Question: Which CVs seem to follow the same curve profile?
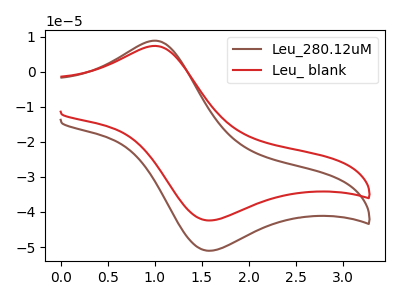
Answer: <think>The brown curve "Leu_280.12uM" has an anodic peak at (1.00V, 8.85uA) and a cathodic peak at (1.60V, -51.00uA). The red curve "Leu_ blank" has an anodic peak at (1.00V, 7.35uA) and a cathodic peak at (1.60V, -42.40uA).
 All the peaks in "Leu_280.12uM" have a peak in "Leu_ blank" at the same potential. Every peak in "Leu_280.12uM" is higher than every peak in "Leu_ blank".</think>
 <answer>"Leu_ blank" and "Leu_280.12uM" have the same shape and are likely CV's of the same chemical.</answer>
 <eval>"Leu_ blank" "Leu_280.12uM"</eval>